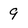
Character: 9